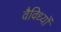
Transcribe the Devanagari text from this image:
वैविध्यों